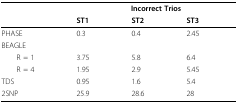
<table><thead><tr><td>[EMPTY_CELL]</td><td colspan="3"><b>Incorrect Trios</b></td></tr><tr><td>[EMPTY_CELL]</td><td><b>ST1</b></td><td><b>ST2</b></td><td><b>ST3</b></td></tr></thead><tbody><tr><td>PHASE</td><td>0.3</td><td>0.4</td><td>2.45</td></tr><tr><td>BEAGLE</td><td>[EMPTY_CELL]</td><td>[EMPTY_CELL]</td><td>[EMPTY_CELL]</td></tr><tr><td> R = 1</td><td>3.75</td><td>5.8</td><td>6.4</td></tr><tr><td> R = 4</td><td>1.95</td><td>2.9</td><td>5.45</td></tr><tr><td>TDS</td><td>0.95</td><td>1.6</td><td>5.4</td></tr><tr><td>2SNP</td><td>25.9</td><td>28.6</td><td>28</td></tr></tbody></table>